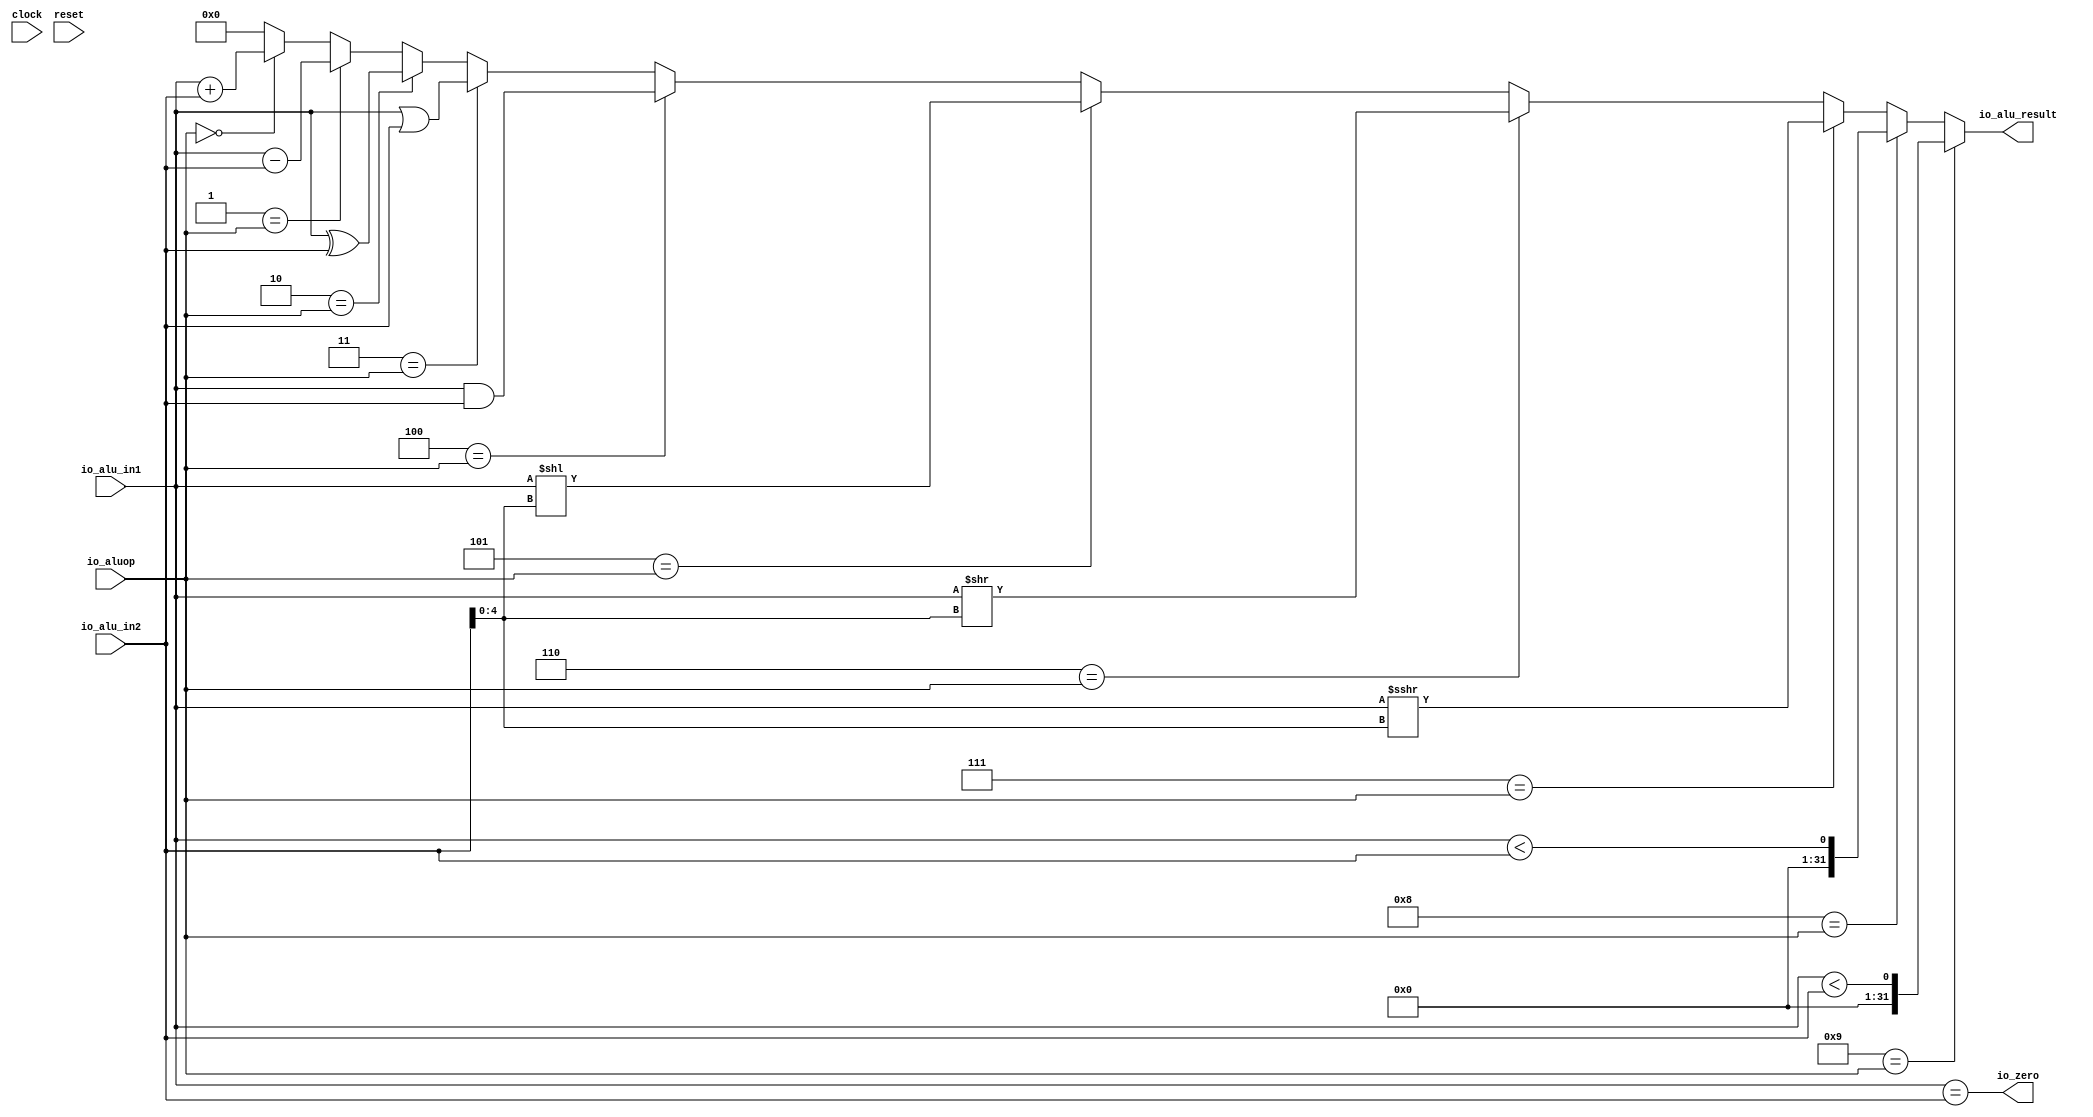
module ALU(
  input         clock,
  input         reset,
  input  [31:0] io_alu_in1,
  input  [31:0] io_alu_in2,
  input  [3:0]  io_aluop,
  output        io_zero,
  output [31:0] io_alu_result
);
  wire [31:0] add_result = io_alu_in1 + io_alu_in2; // @[alu.scala 13:31]
  wire [31:0] sub_result = io_alu_in1 - io_alu_in2; // @[alu.scala 14:31]
  wire [31:0] xor_result = io_alu_in1 ^ io_alu_in2; // @[alu.scala 15:31]
  wire [31:0] or_result = io_alu_in1 | io_alu_in2; // @[alu.scala 16:30]
  wire [31:0] and_result = io_alu_in1 & io_alu_in2; // @[alu.scala 17:31]
  wire [62:0] _GEN_0 = {{31'd0}, io_alu_in1}; // @[alu.scala 18:31]
  wire [62:0] sll_result = _GEN_0 << io_alu_in2[4:0]; // @[alu.scala 18:31]
  wire [31:0] srl_result = io_alu_in1 >> io_alu_in2[4:0]; // @[alu.scala 19:31]
  wire [31:0] sra_result = $signed(io_alu_in1) >>> io_alu_in2[4:0]; // @[alu.scala 20:60]
  wire  slt_result = $signed(io_alu_in1) < $signed(io_alu_in2); // @[alu.scala 21:38]
  wire  sltu_result = io_alu_in1 < io_alu_in2; // @[alu.scala 22:32]
  wire [31:0] _io_alu_result_T_1 = 4'h0 == io_aluop ? add_result : 32'h0; // @[Mux.scala 81:58]
  wire [31:0] _io_alu_result_T_3 = 4'h1 == io_aluop ? sub_result : _io_alu_result_T_1; // @[Mux.scala 81:58]
  wire [31:0] _io_alu_result_T_5 = 4'h2 == io_aluop ? xor_result : _io_alu_result_T_3; // @[Mux.scala 81:58]
  wire [31:0] _io_alu_result_T_7 = 4'h3 == io_aluop ? or_result : _io_alu_result_T_5; // @[Mux.scala 81:58]
  wire [31:0] _io_alu_result_T_9 = 4'h4 == io_aluop ? and_result : _io_alu_result_T_7; // @[Mux.scala 81:58]
  wire [62:0] _io_alu_result_T_11 = 4'h5 == io_aluop ? sll_result : {{31'd0}, _io_alu_result_T_9}; // @[Mux.scala 81:58]
  wire [62:0] _io_alu_result_T_13 = 4'h6 == io_aluop ? {{31'd0}, srl_result} : _io_alu_result_T_11; // @[Mux.scala 81:58]
  wire [62:0] _io_alu_result_T_15 = 4'h7 == io_aluop ? {{31'd0}, sra_result} : _io_alu_result_T_13; // @[Mux.scala 81:58]
  wire [62:0] _io_alu_result_T_17 = 4'h8 == io_aluop ? {{62'd0}, slt_result} : _io_alu_result_T_15; // @[Mux.scala 81:58]
  wire [62:0] _io_alu_result_T_19 = 4'h9 == io_aluop ? {{62'd0}, sltu_result} : _io_alu_result_T_17; // @[Mux.scala 81:58]
  assign io_zero = io_alu_in1 == io_alu_in2; // @[alu.scala 24:26]
  assign io_alu_result = _io_alu_result_T_19[31:0]; // @[alu.scala 26:17]
endmodule